Tezpur Lunatic Asylum reports 1895-1904 - 1895-1904
Year: 1895
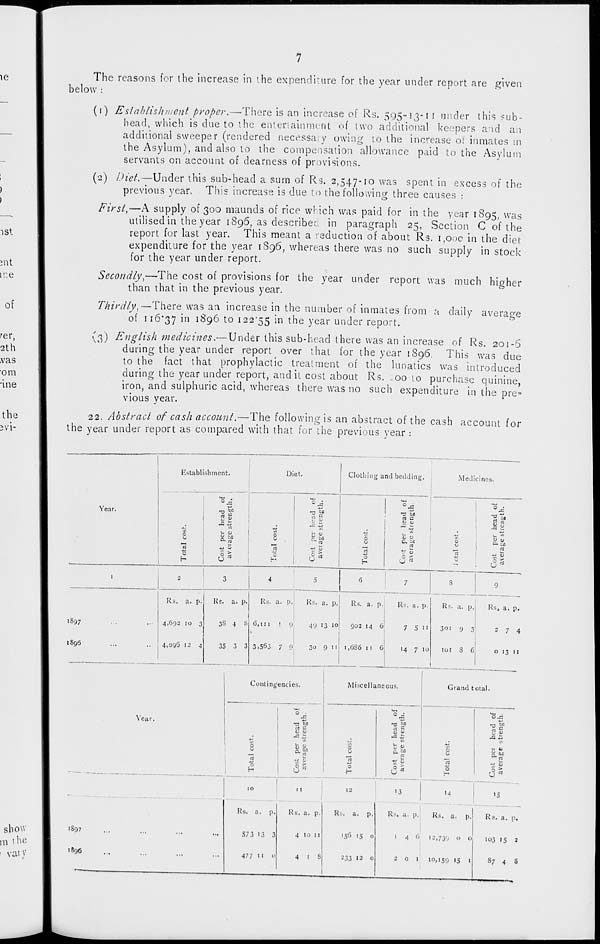
bel
7
The reasons for the increase in the expenditure for the year under report are given
o\v
(i) Establishment proper.—There is an increase of Rs. 595-13-1 1 under this sub-
head, which is due to the entertainment of two additional keepers aid an
additional sweeper (rendered necessary owing to the increase of inmates in
the Asylum), and also to the compensation allowance paid to the Asylum
servants on account of clearness of provisions.
(2) Diet,—Under this sub-head a sum of Rs. 2,547-10 was spent in excess of the
previous year. This increase is due to the following three causes :
First,—A supply of 300 maunds of rice which was paid for in the year 1S95, was
utilised in the year 1895, as describee in paragraph 25, Section C of the
report for last year. This meant a 1 eduction of about Rs. 1,00c in the diet
expenditure for the year 1S96, whereas there was no such supply in stock
for the year under report.
Secondly,—The cost of provisions for the year under report was much higher
than that in the previous year.
Thirdly,—There was an increase in the number of inmates from a daily average
of 116*37 m ^96 to 122*55 in the year under report.
{3) English medicines.— Under this sub-head there was an increase of Rs. 201-6
during the year under report over that for the year 1S96. This was due
to the fact that prophylactic treatment of the lunatics was introduced
during the year under report, audit cost about Rs. _oo to purchase quinine
iron, and sulphuric acid, whereas there was no such expenditure in the pre-
vious year.
22. Abstract of cash account.—The following is an abstract of the cash account for
the year under report as compared with that for the previous year :
i
Establishment.
Diet.
I
Clothing and bedding.
Medicines.
^_
U-,
^
"
'
Year.
head o
trength,
-^ bfl
s? s
head o
length
°3
S s
ft
0
0
1- 0
S.8P
0
0
0
u
U 4>
0
0
a
ri
rt
•" OJ
IT, >
-u m
O
r
r~
u rt
0
C >
tt
8 >
1
2
3
1 4
1
1
i 5
rj
7
s
9
Rs. a. p.
Rs. a. P-
Rs. a • P.
Rs. a. p.
Rs. a. p • |
Rs. a. p.
Rs. a. p.
Rs 4 a. p.
1897
4,692 10 3
3S 4 8 6,111
9
49 "3 10
902 14 6
7 5 11
3oi 9 3'
274
1S96
4,096 12 4
35 3 3 3,563 7 9
3u 9" i,6S6 1i 6j
14 7 10
I
101 S 6,
0 13 n
!
1
Contingencies.
Miscellaneous.
Grand t otal.
Year.
0 ■
T3 M
^•5 ~. en
O (U
a v
sS
_j
.
— *f
8
0
0
H
aw
=5-
0
0
H
S
in *>
1/1 si
0 rt
|
10
11
12
13
14
'5
-
Rs. a. p.
Rs. a. p.
I ^:., a. p.
Rs. a. p.
Rs. a. p.
Re. a. p.
'897
573 13 3
4 10 11
'56 15 0
1
4 6
1-,73'J 0 0
103 15 2
l8 96
...
477 11 0
4 1 8
233 12 0
2 0
1
10,159 15 1
87 4 S